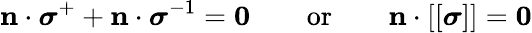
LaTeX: \mathbf{n}\cdot{\boldsymbol{\sigma}}^{+}+\mathbf{n}\cdot{\boldsymbol{\sigma}}^{-1}=\mathbf{0}\qquad{\mathrm{or}}\qquad\mathbf{n}\cdot[[{\boldsymbol{\sigma}}]]=\mathbf{0}